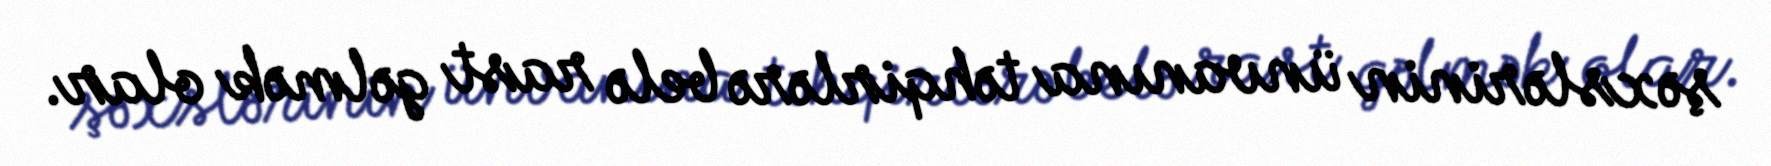
şəxslərinin ünvanına təhqirlərə belə rast gəlmək olar.